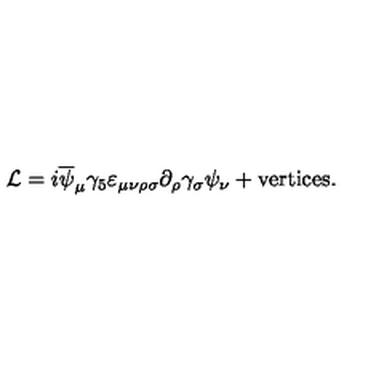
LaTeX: { \cal L } = i \overline { { \psi } } _ { \mu } \gamma _ { 5 } \varepsilon _ { \mu \nu \rho \sigma } \partial _ { \rho } \gamma _ { \sigma } \psi _ { \nu } + \mathrm { v e r t i c e s . }